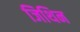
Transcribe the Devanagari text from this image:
जिथिन